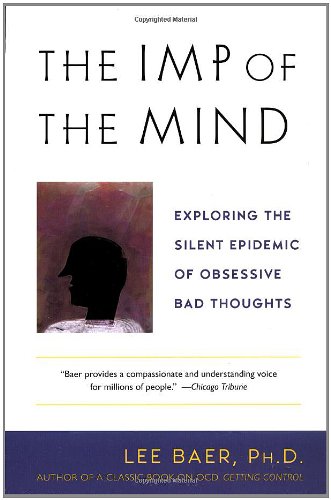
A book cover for The Imp of the Mind: Exploring the Silent Epidemic of Obsessive Bad Thoughts; Lee Baer; Health, Fitness & Dieting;